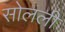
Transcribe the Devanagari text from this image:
सोलली